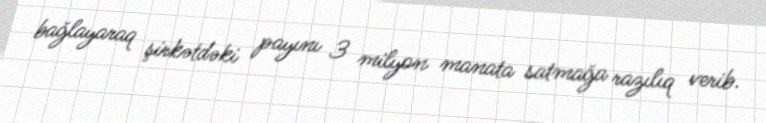
bağlayaraq şirkətdəki payını 3 milyon manata satmağa razılıq verib.